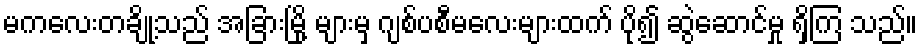
မကလေးတချို့သည် အခြားမြို့ များမှ ဂျစ်ပစီမလေးများထက် ပို၍ ဆွဲဆောင်မှု ရှိကြ သည်။